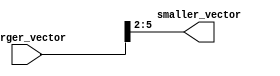
module part_select_assign(
    input [7:0] larger_vector, // Larger vector or array
    output [3:0] smaller_vector // Smaller vector or scalar
);

assign smaller_vector = larger_vector[5:2]; // Assigning bits 5 to 2 from larger vector to smaller vector

endmodule